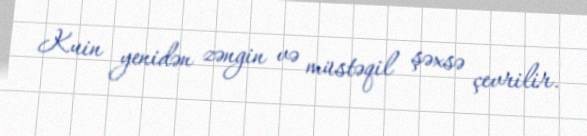
Kuin yenidən zəngin və müstəqil şəxsə çevrilir.